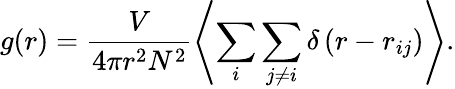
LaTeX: g(r)=\frac{V}{4\pi r^{2}N^{2}}\left\langle\sum_{i}\sum_{j\neq i}\delta\left(r-r_{ij}\right)\right\rangle.